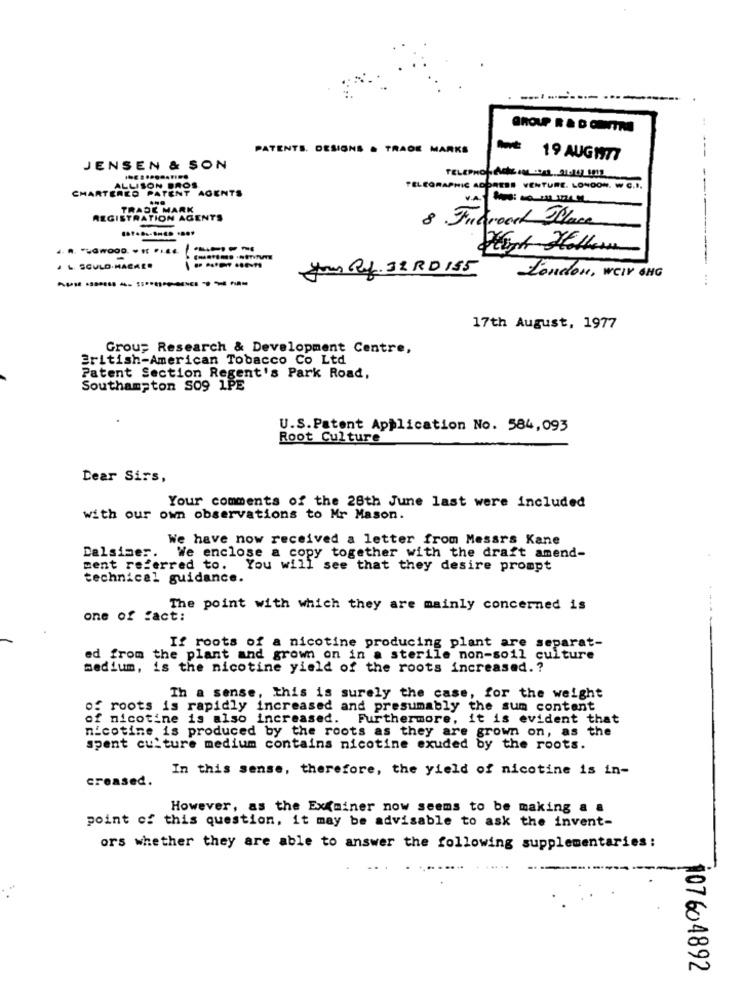
PATENTS. DESIGNS & TRADE MARKS
- 19 AUGHT7
JENSEN & SON
CHARTERED PATENT AGENTS
ALLISON BROS
TELEGRAPHIC ADDRESS VENTURE. LONDON. W C.I.
TRADE MARK
REGISTRATION AGENTS
P .Fubrood Place
your Ry. 32RD 155
London, WeIr ING
17th August, 1977
Group Research & Development Centre,
British-American Tobacco Co Ltd
Patent Section Regent's Park Road,
Southampton SO9 1PE
U.S.Patent Application No. 584,093
Root Culture
Dear Sirs,
Your comments of the 28th June last were included
with our own observations to Mr Mason.
We have now received a letter from Messrs Kane
Dalsimer. We enclose a copy together with the draft amend-
ment referred to. You will see that they desire prompt
technical guidance.
The point with which they are mainly concerned is
one of fact:
If roots of a nicotine producing plant are separat-
ed from the plant and grown on in a sterile non-soil culture
medium, is the nicotine yield of the roots increased .?
Th a sense, this is surely the case, for the weight
of roots is rapidly increased and presumably the sum content
of nicotine is also increased. Furthermore, it is evident that
nicotine is produced by the roots as they are grown on, as the
spent culture medium contains nicotine exuded by the roots.
In this sense, therefore, the yield of nicotine is in-
creased.
However, as the Exgainer now seems to be making a a
point of this question, it may be advisable to ask the invent-
ors whether they are able to answer the following supplementaries:
107604892